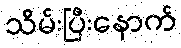
သိမ်းပြီးနောက်